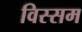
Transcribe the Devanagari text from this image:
विस्सम